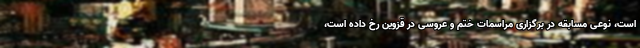
است، نوعی مسابقه در برگزاری مراسمات ختم و عروسی در قزوین رخ داده است،